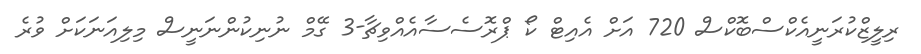
ރިލީޒްކުރަނީއެކްސްބޮކްސް 720 އަށް އެއިޓް ކޯ ޕްރޮސެސާއެއްވިޗާ-3 ގޭމް ނުނިކުންނަނީސް މިލިއަނަކަށް ވުރެ